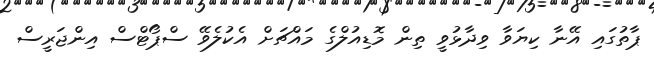
ޕާތުގައި އޭނާ ކިޔަވާ ވިދާޅުވީ ތިން މޮޑިއުލްގެ މައްޗަށް އެކުލެވޭ ސްޕޯޓްސް އިންޖަރީސް